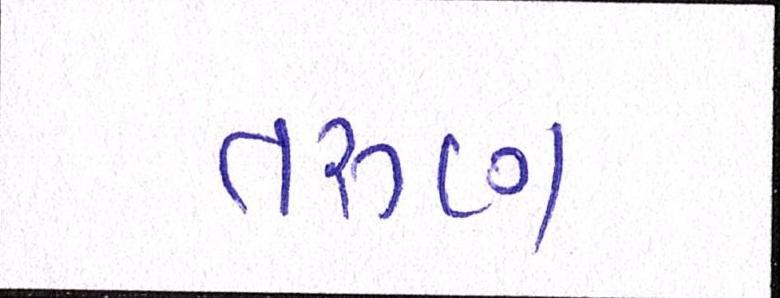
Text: તરુણ